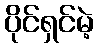
ပိုင်ရှင်မဲ့